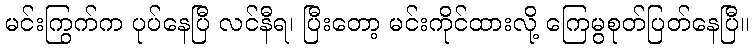
မင်းကြွက်က ပုပ်နေပြီ လင်နီရ၊ ပြီးတော့ မင်းကိုင်ထားလို့ ကြေမွစုတ်ပြတ်နေပြီ။